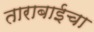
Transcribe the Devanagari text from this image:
ताराबाईचा